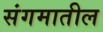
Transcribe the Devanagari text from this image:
संगमातील